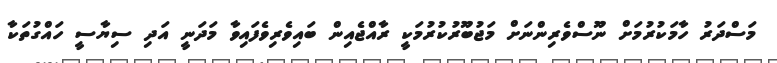
މަސްދަރު ހާމަކުރުމަށް ނޫސްވެރިންނަށް މަޖުބޫރުކުރުމަކީ ރާއްޖެއިން ބައިވެރިވެފައިވާ މަދަނީ އަދި ސިޔާސީ ހައްގުތަކާ